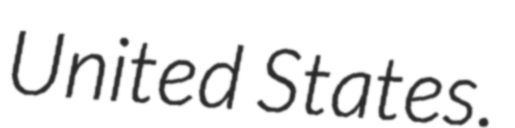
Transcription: United States.